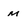
Character: m